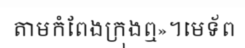
តាមកំពែងក្រុងឮ»។មេទ័ព